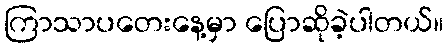
ကြာသာပတေးနေ့မှာ ပြောဆိုခဲ့ပါတယ်။